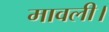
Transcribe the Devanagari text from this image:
मावली।